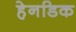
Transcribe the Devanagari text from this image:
हेनडिक